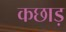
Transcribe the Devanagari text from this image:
कछाड़